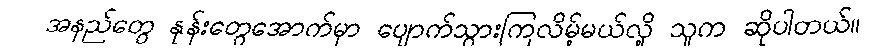
အနည်တွေ နုန်းတွေအောက်မှာ ပျောက်သွားကြလိမ့်မယ်လို့ သူက ဆိုပါတယ်။